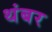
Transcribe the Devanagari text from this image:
थंबर